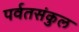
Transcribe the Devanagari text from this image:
पर्वतसंकुल